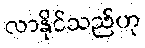
လာနိုင်သည်ဟု